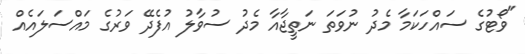
"ވޯޓުގެ ސައްހަކަމާ މެދު ނުވަތަ ނަތީޖާއާ މެދު ސުވާލު އުފެދޭ ވަރުގެ މައްސަލައެއް